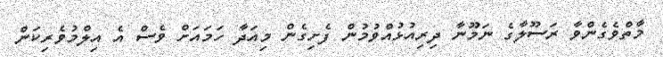
މާތްވެގެންވާ ރަސޫލާގެ ނަމޫނާ ދިރިއުޅުއްވުމުން ފެށިގެން މިއަދާ ހަމައަށް ވެސް އެ އިލްމުވެރިކަން